Report on sanitation, dispensaries, and jails in Rajputana for 1910, and on vaccination for the year 1910-1911 - 1910-1911
Year: 1910
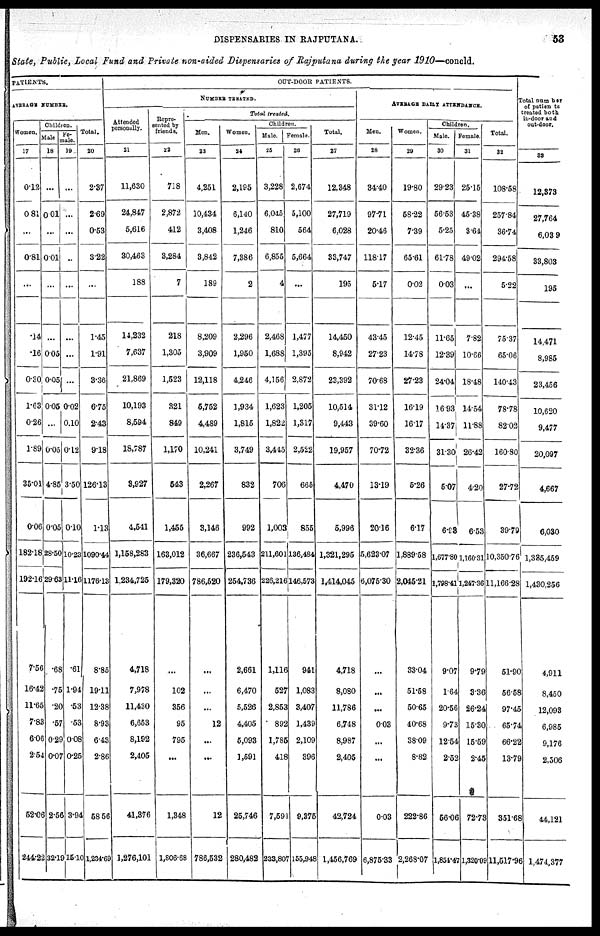
DISPENSARIES IN RAJPUTANA.
53
State, Public, Local Fund and Private non-aided Dispensaries of Rajputana during the year 1910—concld.
PATIENTS.
AVERAGE NUMBER.
Women.
17
0.12
0.81
...
0.81
...
.14
.16
0.30
1.63
0.26
1.89
35.01
0.06
182.18
192.16
7.56
16.42
11.65
7.83
6.06
2.54
52.06
244.22
Children.
Male
18
...
0.01
...
0.01
...
...
0.05
0.05
0.05
...
0.05
4.85
0.05
28.50
29.63
.68
.75
.20
.57
0.29
0.07
2.56
32.19
Fe-
-ale.
19
...
...
...
..
...
...
...
...
0.02
0.10
0.12
3.50
0.10
10.23
11.16
.61
1.94
.53
.53
0.08
0.25
3.94
15.10
Total.
20
2.37
2.69
0.53
3.22
...
1.45
1.91
3.36
6.75
2.43
9.18
126.13
1.13
1090.44
1176.13
8.85
19.11
12.38
8.93
6.43
2.86
58.56
1,234.69
OUT-DOOR PATIENTS.
NUMBER
TREATED.
Attended
personally.
21
11,630
24,847
5,616
30,463
188
14,232
7,637
21,869
10,193
8,594
18,787
3,927
4,541
1,158,283
1,234,725
4,718
7,978
11,430
6,653
8,192
2,405
41,376
1,276,101
Repre-
sented by
friends.
22
718
2,872
412
3,284
7
218
1,305
1,523
321
849
1,170
543
1,455
163,012
179,320
...
102
356
95
795
...
1,348
1,806.68
Total treated.
Men.
23
4,251
10,434
3,408
3,842
189
8,209
3,909
12,118
5,752
4,489
10,241
2,267
3,146
36,667
786,520
...
...
...
12
...
...
12
786,532
Women.
24
2,195
6,140
1,246
7,386
2
2,296
1,950
4,246
1,934
1,815
3,749
832
992
236,543
254,736
2,661
6,470
5,526
4,405
5,093
1,591
25,746
280,482
Children.
Male.
25
3,228
6,045
810
6,855
4
2,468
1,688
4,156
1,623
1,822
3,445
706
1,003
211,601
226,216
1,116
527
2,853
892
1,785
418
7,591
233,807
Female.
26
2,674
5,100
564
5,664
...
1,477
1,395
2,872
1,205
1,317
2,522
665
855
136,484
146,573
941
1,083
3,407
1,439
2,109
396
9,375
155,948
Total.
27
12,348
27,719
6,028
33,747
195
14,450
8,942
23,392
10,514
9,443
19,957
4,470
5,996
1,321,295
1,414,045
4,718
8,080
11,786
6,748
8,987
2,405
42,724
1,456,769
AVERAGE DAILY ATTENDANCE.
Men.
28
34.40
97.71
20.46
118.17
5.17
43.45
27.23
70.68
31.12
39.60
70.72
13.19
20.16
5,623.07
6,075.30
...
...
...
0.03
...
...
0.03
6,875.33
Women.
29
19.80
58.22
7.39
65.61
0.02
12.45
14.78
27.23
16.19
16.17
32.36
5.26
6.17
1,889.58
2,045.21
33.04
51.58
50.65
40.68
38.09
8.82
222.86
2,268.07
Children.
Male.
30
29.23
56.53
5.25
61.78
0.03
11.65
12.39
24.04
16.93
14.37
31.30
5.07
6.93
1,677.80
1,798.41
9.07
1.64
20.56
9.73
12.54
2.52
56.06
1,851.47
Female.
31
25.15
45.38
3.64
49.02
...
7.82
10.66
18.48
14.54
11.88
26.42
4.20
6.53
1,160.31
1,247.36
9.79
3.36
26.24
15.30
15.59
2.45
72.73
1,320.09
Total.
32
108.58
257.84
36.74
294.58
5.22
75.37
65.06
140.43
78.78
82.02
160.80
27.72
39.79
10,350.76
11,166.28
51.90
56.58
97.45
65.74
66.22
13.79
351.68
11,517.96
Total number
of patients
treated both
in-door and
out-door.
33
12,373
27,764
6,039
33,803
195
14,471
8,985
23,456
10,620
9,477
20,097
4,667
6,030
1,335,459
1,430,256
4,911
8,450
12,093
6,985
9,176
2,506
44,121
1,474,377